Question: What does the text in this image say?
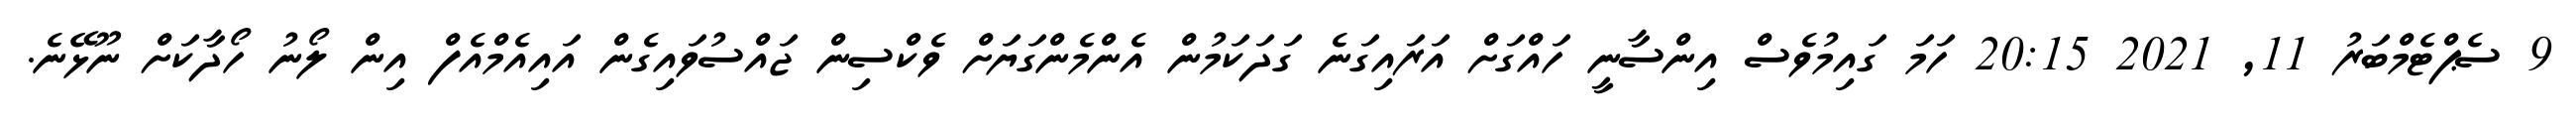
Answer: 9 ސެޕްޓެމްބަރު 11, 2021 20:15 ހަމަ ގައިމުވެސް އިންސާނީ ހައްގަށް އަރައިގަނެ ގަދަކަމުން އެންމެންގަޔަށް ވެކްސިން ޖައްސުވައިގެން އައިއެމްއެފް އިން ލޯނު ހޯދާކަށް ނޫޅޭނެ.